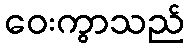
ဝေးကွာသည်